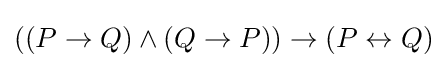
((P\to Q)\land (Q\to P))\to (P\leftrightarrow Q)